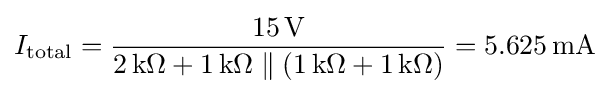
I_{\mathrm {total} }={15\,\mathrm {V}  \over 2\,\mathrm {k} \Omega +1\,\mathrm {k} \Omega \parallel (1\,\mathrm {k} \Omega +1\,\mathrm {k} \Omega )}=5.625\,\mathrm {mA}